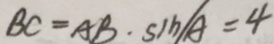
B C = A B \cdot \sin / A = 4